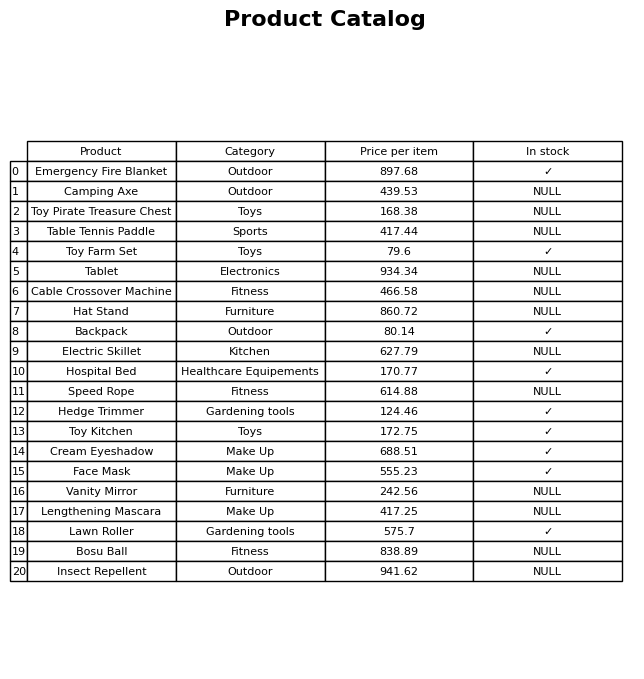
question: What is the price of the Toy Kitchen?
answer: The price of Toy Kitchen is 172.75.